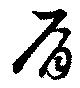
肩